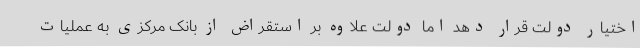
اختیار دولت قرار دهد اما دولت علاوه بر استقراض از بانک مرکزی به عملیات